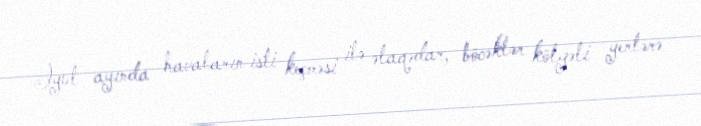
İyul ayında havaların isti keçməsi ilə əlaqədar, böcəklər kölgəli yerlərə